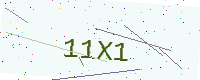
Text: 11X1